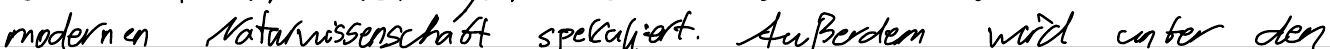
modernen Naturwissenschaft spekuliert. Außerdem wird unter den